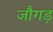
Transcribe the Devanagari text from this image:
जौगड़